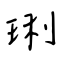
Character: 琍